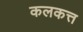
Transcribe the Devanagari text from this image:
कलकत्त